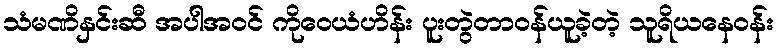
သံမဏိနှင်းဆီ အပါအဝင် ကိုဝေယံဟိန်း ပူးတွဲတာဝန်ယူခဲ့တဲ့ သူရိယနေဝန်း